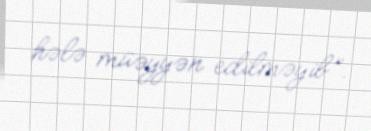
hələ müəyyən edilməyib”.